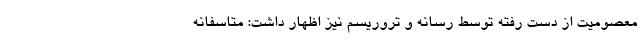
معصومیت از دست رفته توسط رسانه و تروریسم نیز اظهار داشت: متاسفانه